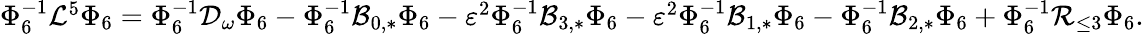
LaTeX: \begin{array}{r}{\Phi_{6}^{-1}\mathcal{L}^{5}\Phi_{6}=\Phi_{6}^{-1}\mathcal{D}_{\omega}\Phi_{6}-\Phi_{6}^{-1}\mathcal{B}_{0,*}\Phi_{6}-\varepsilon^{2}\Phi_{6}^{-1}\mathcal{B}_{3,*}\Phi_{6}-\varepsilon^{2}\Phi_{6}^{-1}\mathcal{B}_{1,*}\Phi_{6}-\Phi_{6}^{-1}\mathcal{B}_{2,*}\Phi_{6}+\Phi_{6}^{-1}\mathcal{R}_{\le 3}\Phi_{6}.}\end{array}